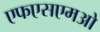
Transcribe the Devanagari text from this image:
एफएसएमओ